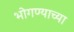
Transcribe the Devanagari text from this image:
भोगण्याच्या